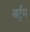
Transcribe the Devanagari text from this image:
बर्ट्रम